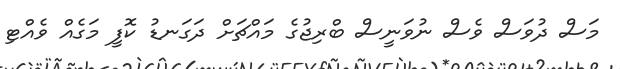
މަސް ދުވަސް ވެސް ނުވަނީސް ބްރިޖުގެ މައްޗަށް ދަގަނޑު ކޮފީ މަގެއް ވެއްޓި